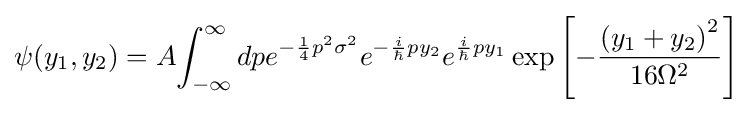
\psi (y_{1},y_{2})=A\!\int _{-\infty }^{\infty }dpe^{-{\frac {1}{4}}p^{2}\sigma ^{2}}e^{-{\frac {i}{\hbar }}py_{2}}e^{{\frac {i}{\hbar }}py_{1}}\exp \left[-{\frac {\left(y_{1}+y_{2}\right)^{2}}{16\Omega ^{2}}}\right]